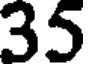
35